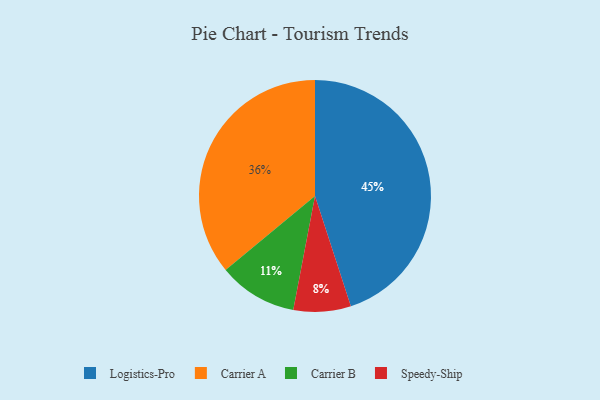
{"axis": {"x": "Category", "y": "Percentage"}, "legend": ["Carrier A", "Carrier B", "Logistics-Pro", "Speedy-Ship"], "data": [{"x": "Carrier B", "y": 11, "type": "Carrier B"}, {"x": "Carrier A", "y": 36, "type": "Carrier A"}, {"x": "Speedy-Ship", "y": 8, "type": "Speedy-Ship"}, {"x": "Logistics-Pro", "y": 45, "type": "Logistics-Pro"}]}